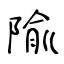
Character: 隃